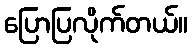
ပြောပြလိုက်တယ်။